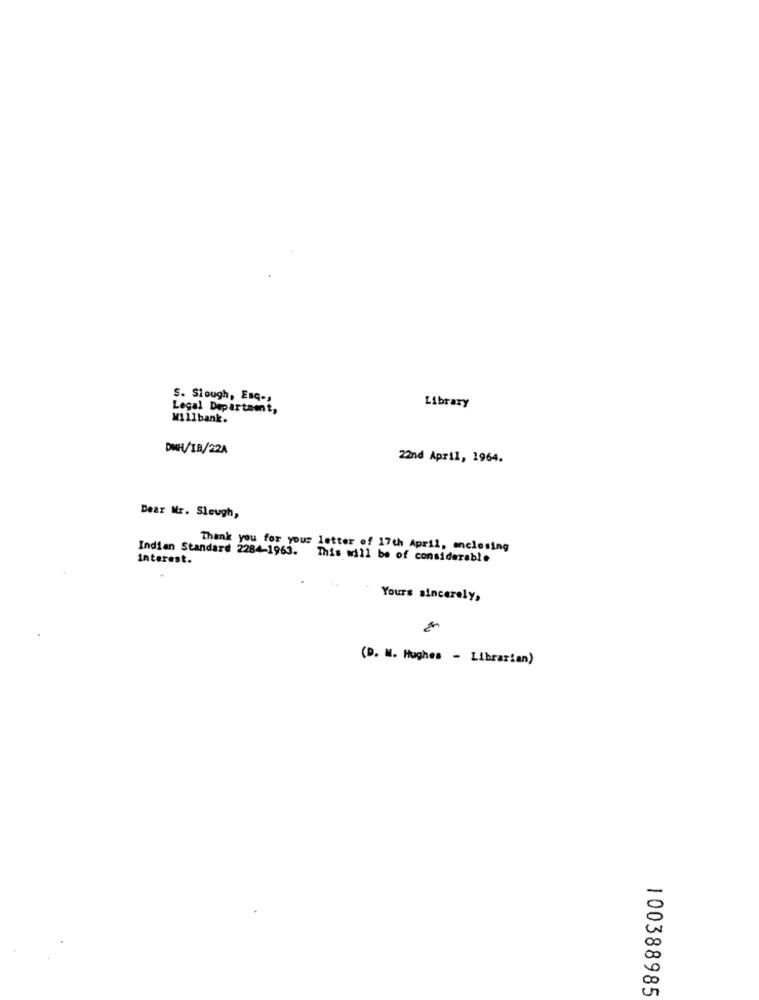
S. Slough, Esq -,
Legal Department,
Library
Willbank.
DWH/1B/22A
22nd April, 1964.
Dear Mr. Sleugh,
Indian Standard 2284-1963.
Thank you for your letter of 17th April, anclosing
interest.
This will be of considerable
Yours sincerely,
(D. M. Hughes - Librarian)
100388985